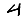
Digit: 4